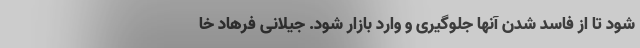
شود تا از فاسد شدن آنها جلوگیری و وارد بازار شود. جیلانی فرهاد خا